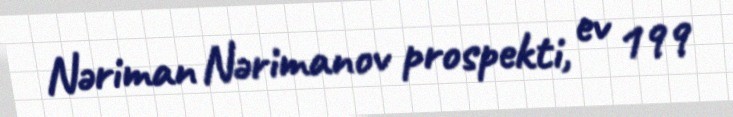
Nəriman Nərimanov prospekti, ev 199